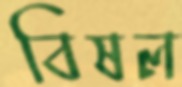
বিষল